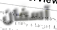
آسفان